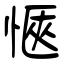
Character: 愜